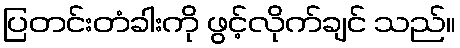
ပြတင်းတံခါးကို ဖွင့်လိုက်ချင် သည်။